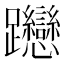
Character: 𨈌